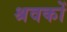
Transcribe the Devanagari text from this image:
श्रवकों